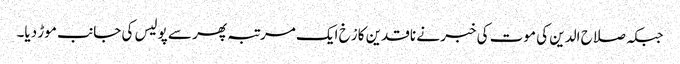
جبکہ صلاح الدین کی موت کی خبر نے ناقدین کا رْخ ایک مرتبہ پھر سے پولیس کی جانب موڑ دیا۔